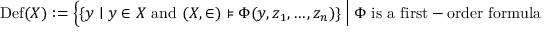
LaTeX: \operatorname { D e f } ( X ) : = { \Bigl \{ } \{ y \mid y \in X { \mathrm { ~ a n d ~ } } ( X , \in ) \models \Phi ( y , z _ { 1 } , \ldots , z _ { n } ) \} ~ { \Big | } ~ \Phi { \mathrm { ~ i s ~ a ~ f i r s t - o r d e r ~ f o r m u l a ~ a n d ~ } } z _ { 1 } , \ldots , z _ { n } \in X { \Bigr \} } .